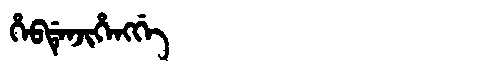
Manchu: ᡥᡝᠪᡩᡝᠨᠵᡳᡥᡝᠩᡤᡝ
Romanization: HEBDENJIHENGGE